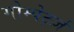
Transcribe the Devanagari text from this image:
गोम्पेर्ट्ज़